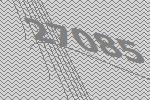
27085